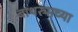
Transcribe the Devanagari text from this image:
बाथरुमच्‍या